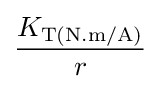
{\frac {K_{\text{T(N.m/A)}}}{r}}